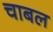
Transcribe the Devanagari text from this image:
चाबल